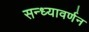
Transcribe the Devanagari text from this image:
सन्ध्यावर्णन